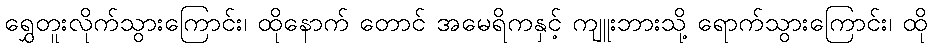
ရွှေတူးလိုက်သွားကြောင်း၊ ထိုနောက် တောင် အမေရိကနှင့် ကျူးဘားသို့ ရောက်သွားကြောင်း၊ ထို